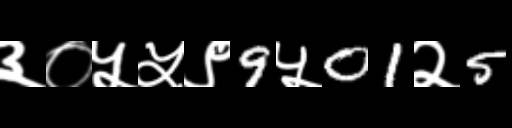
Text: ३०५५९9५01२5